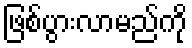
ဖြစ်ပွားလာမည်ကို